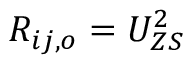
R _ { i j , o } = U _ { Z S } ^ { 2 }